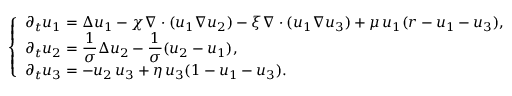
\left\{ \begin{array} { l l } { \displaystyle \partial _ { t } u _ { 1 } = \Delta u _ { 1 } - \chi \nabla \cdot ( u _ { 1 } \nabla u _ { 2 } ) - \xi \nabla \cdot ( u _ { 1 } \nabla u _ { 3 } ) + \mu \, u _ { 1 } ( r - u _ { 1 } - u _ { 3 } ) , } \\ { \displaystyle \partial _ { t } u _ { 2 } = \frac { 1 } { \sigma } \Delta u _ { 2 } - \frac { 1 } { \sigma } ( u _ { 2 } - u _ { 1 } ) , } \\ { \displaystyle \partial _ { t } u _ { 3 } = - u _ { 2 } \, u _ { 3 } + \eta \, u _ { 3 } ( 1 - u _ { 1 } - u _ { 3 } ) . } \end{array} \right.